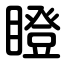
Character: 瞪